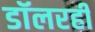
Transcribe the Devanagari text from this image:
डॉलरही